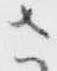
さ